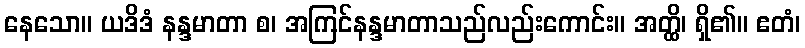
နေသော။ ယဒိဒံ နန္ဒမာတာ စ၊ အကြင်နန္ဒမာတာသည်လည်းကောင်း။ အတ္ထိ၊ ရှိ၏။ ဧတံ၊